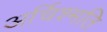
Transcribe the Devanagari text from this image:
अर्चिश्मति